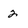
Character: 2